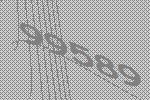
99589